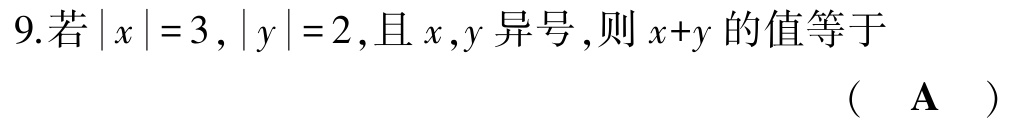
9.若\(\vert x\vert = 3\)，\(\vert y\vert = 2\)，且\(x,y\)异号，则\(x + y\)的值等于 （  \(\mathbf{A}\)  ）